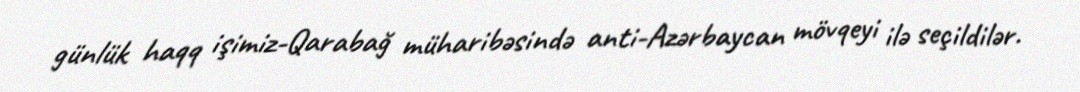
günlük haqq işimiz-Qarabağ müharibəsində anti-Azərbaycan mövqeyi ilə seçildilər.